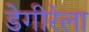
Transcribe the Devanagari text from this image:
डेगीरेला